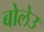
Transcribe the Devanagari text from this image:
बोलेउ